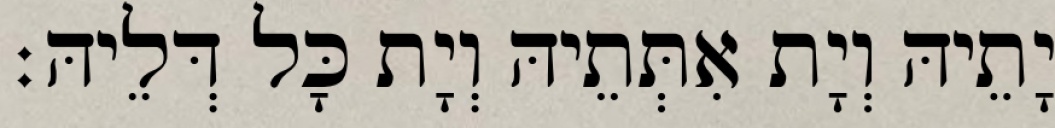
יָתֵיהּ וְיָת אִתְּתֵיהּ וְיָת כָּל דְּלֵיהּ׃